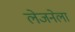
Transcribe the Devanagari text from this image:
लेजनेला